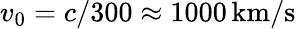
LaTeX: v_{0}=c/300\approx 1000\, {\mathrm{km/s}}